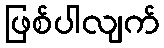
ဖြစ်ပါလျက်